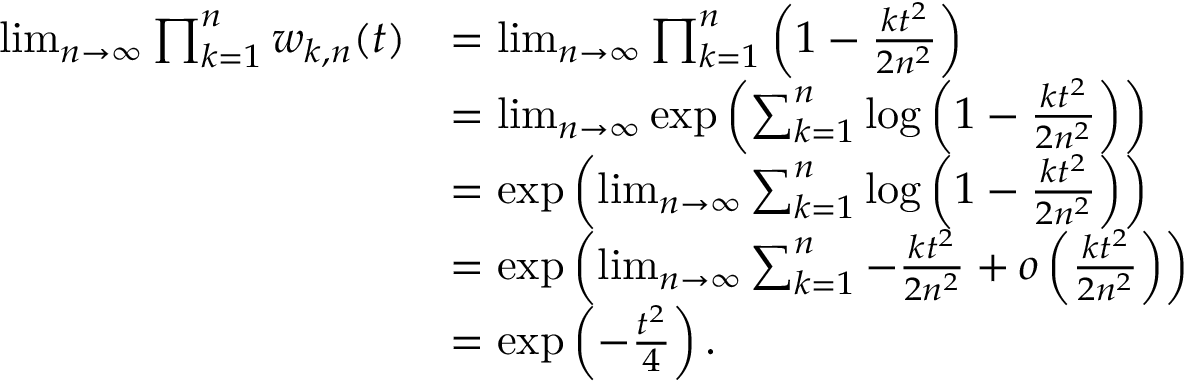
\begin{array} { r l } { \operatorname* { l i m } _ { n \to \infty } \prod _ { k = 1 } ^ { n } w _ { k , n } ( t ) } & { = \operatorname* { l i m } _ { n \to \infty } \prod _ { k = 1 } ^ { n } \left( 1 - \frac { k t ^ { 2 } } { 2 n ^ { 2 } } \right) } \\ & { = \operatorname* { l i m } _ { n \to \infty } \exp \left( \sum _ { k = 1 } ^ { n } \log \left( 1 - \frac { k t ^ { 2 } } { 2 n ^ { 2 } } \right) \right) } \\ & { = \exp \left( \operatorname* { l i m } _ { n \to \infty } \sum _ { k = 1 } ^ { n } \log \left( 1 - \frac { k t ^ { 2 } } { 2 n ^ { 2 } } \right) \right) } \\ & { = \exp \left( \operatorname* { l i m } _ { n \to \infty } \sum _ { k = 1 } ^ { n } - \frac { k t ^ { 2 } } { 2 n ^ { 2 } } + o \left( \frac { k t ^ { 2 } } { 2 n ^ { 2 } } \right) \right) } \\ & { = \exp \left( - \frac { t ^ { 2 } } { 4 } \right) . } \end{array}